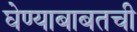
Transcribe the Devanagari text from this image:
घेण्याबाबतची